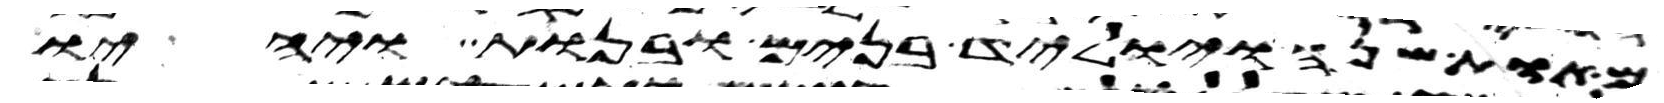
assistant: מאות שנה ויוליד בנים ובנות ויהיו